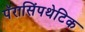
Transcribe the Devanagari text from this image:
पॅरासिंपथेटिक